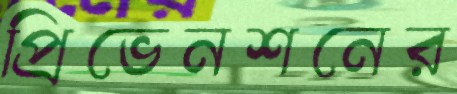
প্রিভেনশনের